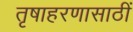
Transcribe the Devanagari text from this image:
तृषाहरणासाठीं